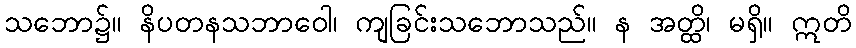
သဘော၌။ နိပတနသဘာဝေါ၊ ကျခြင်းသဘောသည်။ န အတ္ထိ၊ မရှိ။ ဣတိ